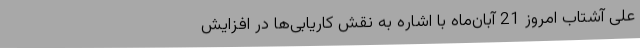
علی آشتاب امروز 21 آبان‌ماه با اشاره به نقش کاریابی‌ها در افزایش